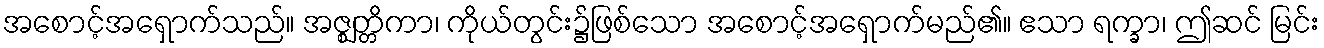
အစောင့်အရှောက်သည်။ အဇ္ဈတ္တိကာ၊ ကိုယ်တွင်း၌ဖြစ်သော အစောင့်အရှောက်မည်၏။ ဧသာ ရက္ခာ၊ ဤဆင် မြင်း